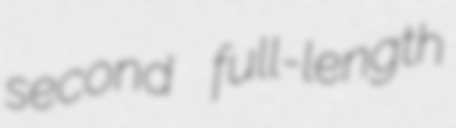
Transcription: second full-length